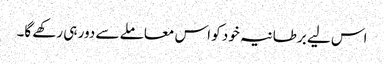
اس لیے برطانیہ خود کو اس معاملے سے دور ہی رکھے گا۔